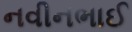
નવીનભાઈ